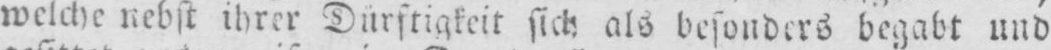
welche nebst ihrer Dürftigkeit sich als besonders begabt und